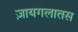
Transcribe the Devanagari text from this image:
ज़ायगलातस